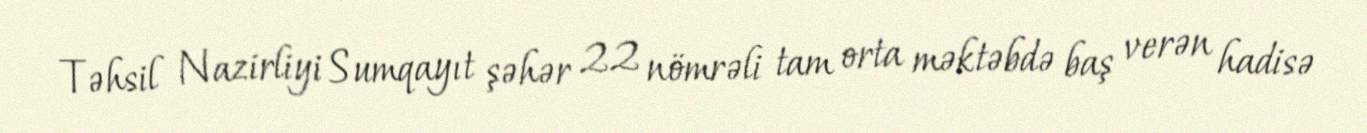
Təhsil Nazirliyi Sumqayıt şəhər 22 nömrəli tam orta məktəbdə baş verən hadisə